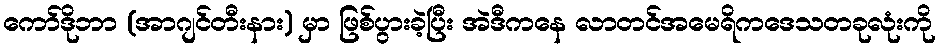
ကော်ဒိုဘာ (အာဂျင်တီးနား) မှာ ဖြစ်ပွားခဲ့ပြီး အဲဒီကနေ လာတင်အမေရိကဒေသတခုလုံးကို